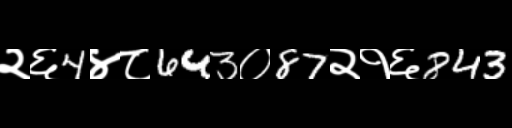
Text: २६4४८643०87२१६843